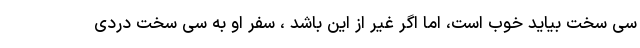
سی سخت بیاید خوب است، اما اگر غیر از این باشد ، سفر او به سی سخت دردی